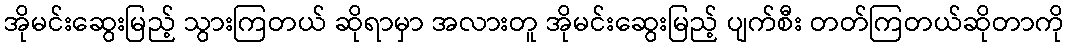
အိုမင်းဆွေးမြည့် သွားကြတယ် ဆိုရာမှာ အလားတူ အိုမင်းဆွေးမြည့် ပျက်စီး တတ်ကြတယ်ဆိုတာကို